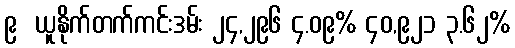
၉  ယူနိုက်တက်ကင်းဒမ်း ၂၄,၂၉၆ ၄.၀၉% ၄၀,၉၂၁ ၃.၆၂%